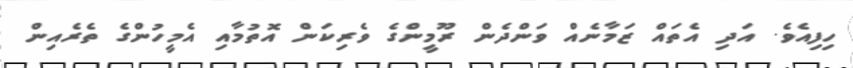
ހިފިއެވެ. އަދި އެތައް ޒަމާނެއް ވަންދެން ރޫމީންގެ ވެރިކަން އޮތުމާއި އެމީހުންގެ ތެރެއިން